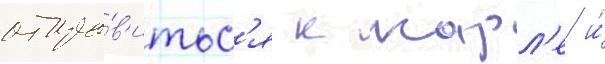
отпра́в'итьс'я к карл'е и́